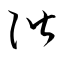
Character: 階